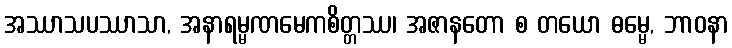
အဿာသပဿာသာ, အနာရမ္မဏမေကစိတ္တဿ၊ အဇာနတော စ တယော ဓမ္မေ, ဘာဝနာ